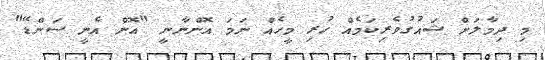
މި ދިމާލަށް ޝައުގުވެރިކަމެއް ހުރި މީހެއް ނަމަ އޮންނާނީ "އޮން އެނީ ސަންޑޭ"